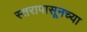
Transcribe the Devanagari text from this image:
स्तरापासूनच्या